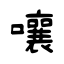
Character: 嚷